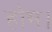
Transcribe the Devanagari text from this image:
होम।